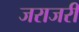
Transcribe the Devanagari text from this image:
जराजरी